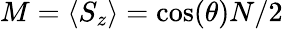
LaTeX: M=\langle S_{z}\rangle=\cos(\theta)N/2